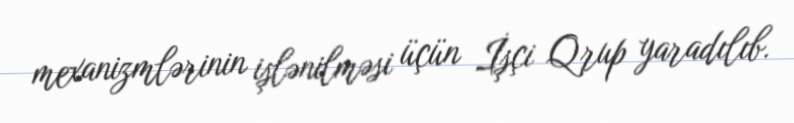
mexanizmlərinin işlənilməsi üçün İşçi Qrup yaradılıb.